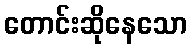
တောင်းဆိုနေသော